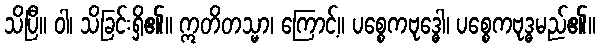
သိပြီ။ ဝါ၊ သိခြင်းရှိ၏။ ဣတိတသ္မာ၊ ကြောင့်။ ပစ္စေကဗုဒ္ဓေါ၊ ပစ္စေကဗုဒ္ဓမည်၏။